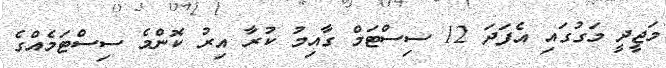
މަޖީދީ މަގުގައި އެފަދަ 12 ސިސްޓަމް ގާއިމު ކުރާ އިރު ކޮންމެ ސިސްޓަމެއްގެ